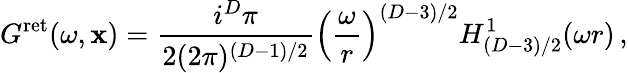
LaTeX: G^{\mathrm{ret}}(\omega,{\mathbf x})=\frac{i^{D}\pi}{2(2\pi)^{(D-1)/2}}\left(\frac{\omega}{r}\right)^{(D-3)/2}H_{(D-3)/2}^{1}(\omega r)\, ,